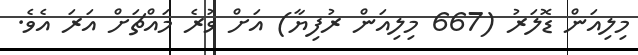
މިލިއަން ޑޮލަރު (667 މިލިއަން ރުފިޔާ) އަށް ވުރެ މައްޗަށް އަރަ އެވެ.